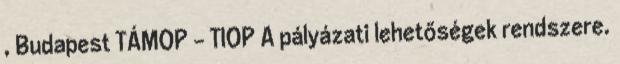
, Budapest TÁMOP – TIOP A pályázati lehetőségek rendszere.